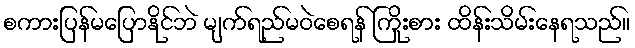
စကားပြန်မပြောနိုင်ဘဲ မျက်ရည်မဝဲစေရန် ကြိုးစား ထိန်းသိမ်းနေရသည်။